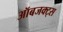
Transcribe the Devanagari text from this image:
ऑबजक्ट्स